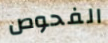
الفحوص